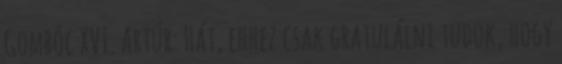
Gombóc XVI. Artúr: Hát, ehhez csak gratulálni tudok, hogy